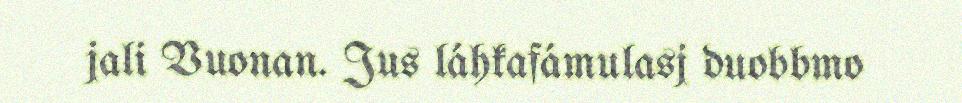
jali Vuonan. Jus láhkafámulasj duobbmo